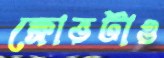
ক্ষোভটাও